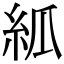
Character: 𥾭